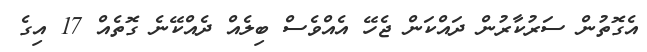
އެގޮތުން ސަރުކާރުން ދައްކަން ޖެހޭ އެއްވެސް ބިލެއް ދެއްކޭނެ ގޮތެއް 17 އިގެ